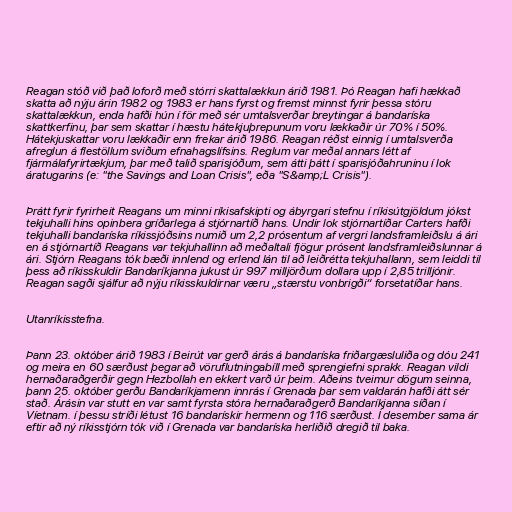
Reagan stóð við það loforð með stórri skattalækkun árið 1981. Þó Reagan hafi hækkað
skatta að nýju árin 1982 og 1983 er hans fyrst og fremst minnst fyrir þessa stóru
skattalækkun, enda hafði hún í för með sér umtalsverðar breytingar á bandaríska
skattkerfinu, þar sem skattar í hæstu hátekjuþrepunum voru lækkaðir úr 70% í 50%.
Hátekjuskattar voru lækkaðir enn frekar árið 1986. Reagan réðst einnig í umtalsverða
afreglun á flestöllum sviðum efnahagslífsins. Reglum var meðal annars létt af
fjármálafyrirtækjum, þar með talið sparisjóðum, sem átti þátt í sparisjóðahruninu í lok
áratugarins (e: "the Savings and Loan Crisis", eða "S&amp;L Crisis").

Þrátt fyrir fyrirheit Reagans um minni ríkisafskipti og ábyrgari stefnu í ríkisútgjöldum jókst
tekjuhalli hins opinbera gríðarlega á stjórnartíð hans. Undir lok stjórnartíðar Carters hafði
tekjuhalli bandaríska ríkissjóðsins numið um 2,2 prósentum af vergri landsframleiðslu á ári
en á stjórnartíð Reagans var tekjuhallinn að meðaltali fjögur prósent landsframleiðslunnar á
ári. Stjórn Reagans tók bæði innlend og erlend lán til að leiðrétta tekjuhallann, sem leiddi til
þess að ríkisskuldir Bandaríkjanna jukust úr 997 milljörðum dollara upp í 2,85 trilljónir.
Reagan sagði sjálfur að nýju ríkisskuldirnar væru „stærstu vonbrigði“ forsetatíðar hans.

Utanríkisstefna.

Þann 23. október árið 1983 í Beirút var gerð árás á bandaríska friðargæsluliða og dóu 241
og meira en 60 særðust þegar að vöruflutningabíll með sprengiefni sprakk. Reagan vildi
hernaðaraðgerðir gegn Hezbollah en ekkert varð úr þeim. Aðeins tveimur dögum seinna,
þann 25. október gerðu Bandaríkjamenn innrás í Grenada þar sem valdarán hafði átt sér
stað. Árásin var stutt en var samt fyrsta stóra hernaðaraðgerð Bandaríkjanna síðan í
Víetnam. í þessu stríði létust 16 bandarískir hermenn og 116 særðust. Í desember sama ár
eftir að ný ríkisstjórn tók við í Grenada var bandaríska herliðið dregið til baka.